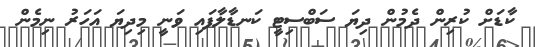
ކާޑަށް ކުރިން ދެމުން ދިޔަ ސަބްސިޓީ ކަނޑާލާފައި ވަނީ މިދިޔަ އަހަރު ނިމެން